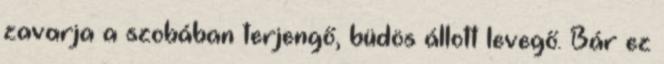
zavarja a szobában terjengő, büdös állott levegő. Bár ez